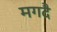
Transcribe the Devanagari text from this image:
मगदै